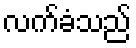
လက်ခံသည်